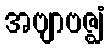
အဗျာဗဇ္ဈံ